system: You are a helpful assistant.
user:
Analyze the provided spectrum to determine if it is a **"Cataclysmic Variables (CV)"**.

- **Key Indicators for CV (Check for either state):**
    - **State 1: Quiescent / Low-State (Emission-Dominated)**
        - **(Primary):** Strong and *very broad* Hydrogen Balmer emission lines (e.g., $H\alpha$ at 6563 Å, $H\beta$ at 4861 Å). The 'broadness' (high velocity dispersion, often FWHM > 1000 km/s) is the key diagnostic, indicating a high-velocity accretion disk.
        - **(Secondary):** Broad neutral Helium (He I) emission lines (e.g., 5876 Å, 6678 Å).
        - **(Key Confirmation):** Presence of high-excitation *ionized* Helium (He II) emission at 4686 Å. This is a strong indicator of accretion onto a white dwarf.
        - **(Line Profile):** Emission lines may exhibit a 'double-peaked' profile, which is a classic signature of a rotating accretion disk viewed at high inclination.

    - **State 2: Outburst / High-State (Absorption-Dominated)**
        - **(Primary):** Spectrum is dominated by a bright, blue continuum (looks like a hot star).
        - **(Secondary):** The emission lines from State 1 are weak, absent, or 'filled in', and are replaced by broad, shallow *absorption* lines (primarily Balmer and He I).
        - **(Morphology):** The overall spectrum mimics a hot B/A-type star. The crucial difference is that the absorption lines are significantly broader, shallower, and more 'washed-out' (or 'smeared') than the sharp lines of a normal stellar photosphere, due to high rotational speeds and pressure broadening in the disk.

Think first, call **spectral_visualization_tool** if needed to examine features in detail, then provide your final answer. Your response must adhere to the following strict rules:
1.  **Overall Structure:** Your response must follow the format `<think>...</think> <tool_call>...</tool_call> (if a tool is used) <answer>...</answer>`.
2.  **Tool Usage Constraint:** You may only make **one** tool call per turn.
3.  **Final Answer Format:** In the `<answer>` tag, your conclusion must be inside a `\boxed{}` command (e.g., `\boxed{YES}`), followed by your justification.

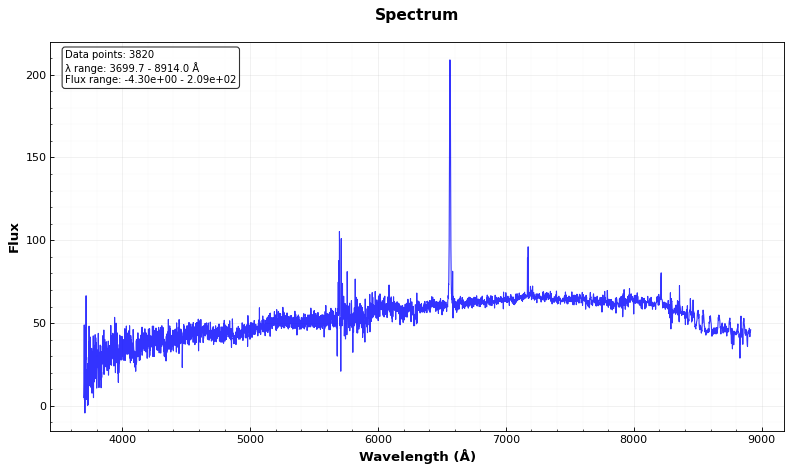
Answer: NO